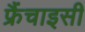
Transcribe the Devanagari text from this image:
फ्रैंचाइसी